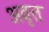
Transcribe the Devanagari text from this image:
अवृत्त